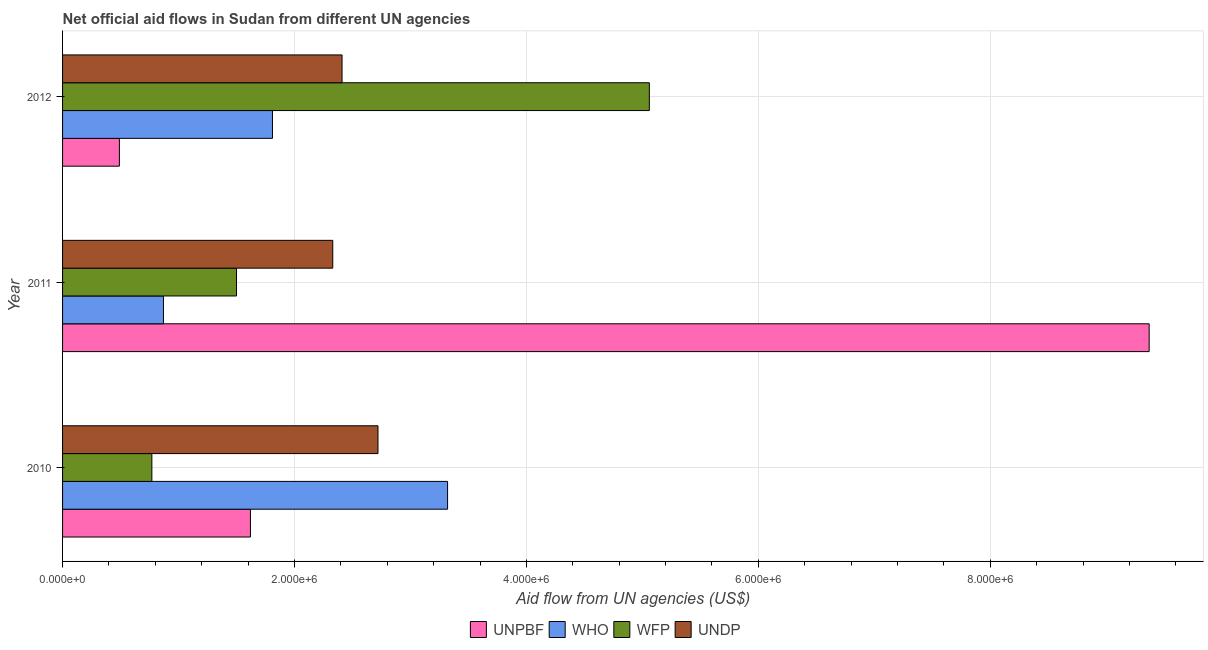
| Year | UNPBF | WHO | WFP | UNDP |
 | --- | --- | --- | --- | --- |
 | 2010 | 1.62e+06 | 3.32e+06 | 7.7e+05 | 2.72e+06 |
 | 2011 | 9.37e+06 | 8.7e+05 | 1.5e+06 | 2.33e+06 |
 | 2012 | 4.9e+05 | 1.81e+06 | 5.06e+06 | 2.41e+06 |